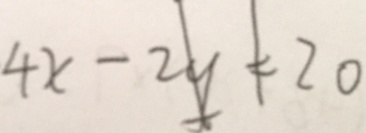
4 x - 2 y = 2 0